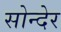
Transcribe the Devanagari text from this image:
सोन्देर